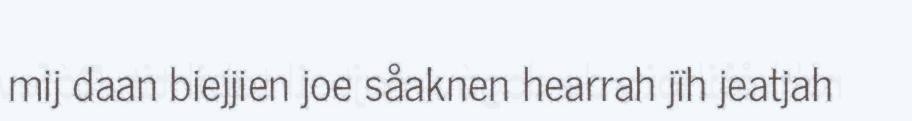
mij daan biejjien joe såaknen hearrah jïh jeatjah